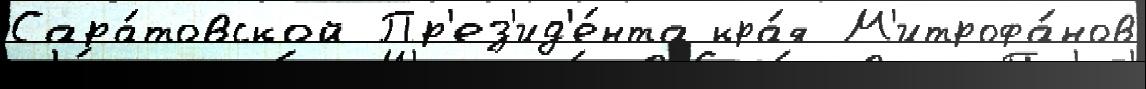
Сара́товской Пр'ез'ид'е́нта кра́я М'итрофа́нов